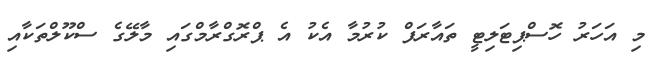
މި އަހަރު ހޮސްޕިޓަލިޓީ ތައާރަފް ކުރުމާ އެކު އެ ޕްރޮގްރާމްގައި މާލޭގެ ސްކޫލްތަކާއި